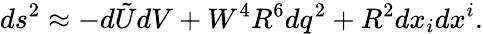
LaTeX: ds^{2}\approx-d\tilde{U}dV+W^{4}R^{6}dq^{2}+R^{2}dx_{i}dx^{i}.